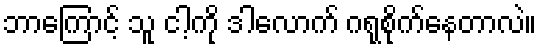
ဘာကြောင့် သူ ငါ့ကို ဒါလောက် ဂရုစိုက်နေတာလဲ။